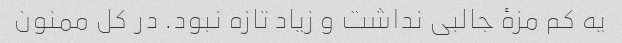
یه کم مزهٔ جالبی نداشت و زیاد تازه نبود. در کل ممنون